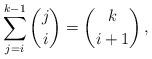
LaTeX: \begin{align*}\sum_{j=i}^{k-1} \binom{j}{i} = \binom{k}{i+1} \,,\end{align*}